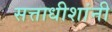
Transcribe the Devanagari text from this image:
सत्ताधीशांनी